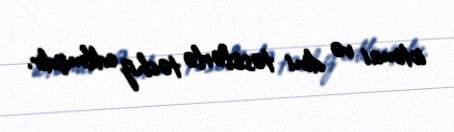
ictimai və dini təsislərlə təchiz edilmişdir.